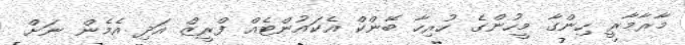
މާރާމާރީ ހިންގާ މީހުންގެ ހުރިހާ ބޭންކް އެކައުންޓެއް ފްރީޒް އަދި އެމެން ނަށް